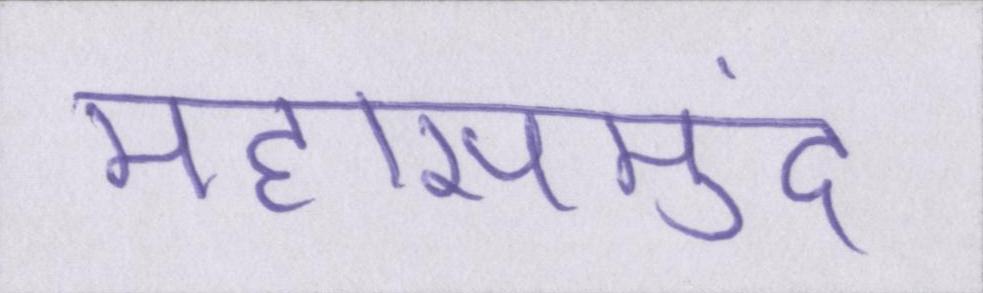
महासमुंद